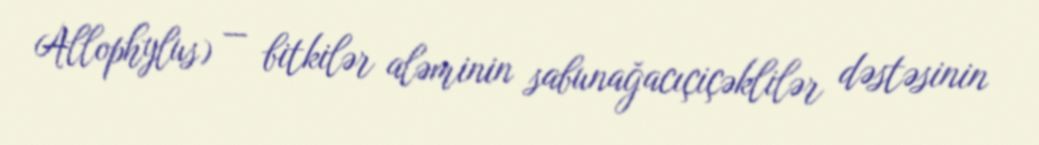
Allophylus) — bitkilər aləminin sabunağacıçiçəklilər dəstəsinin